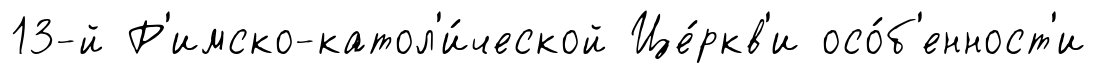
13-й Р'имско-катол'и́ческой Це́ркв'и осо́б'енност'и